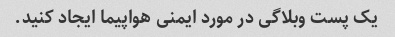
یک پست وبلاگی در مورد ایمنی هواپیما ایجاد کنید.